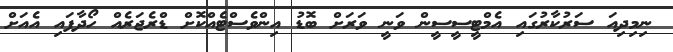
ނިމިދިއަ ސަރުކާރުގައި އެމްޓީސީސީން ވަނީ ވަރަށް ބޮޑު އިންވެސްޓެއްކޮށް ޑްރެޖަރެއް ހޯދާފައި އެއަށް